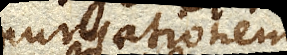
purgationem